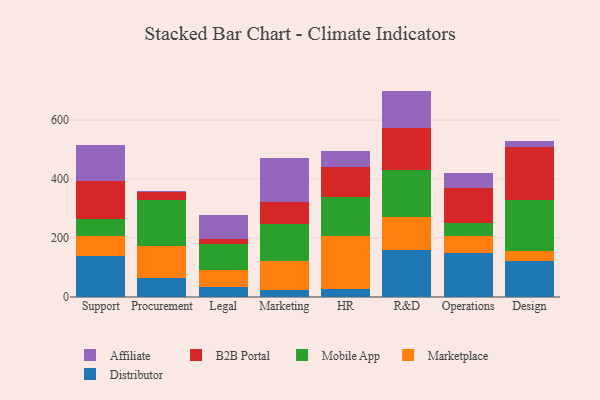
{"axis": {"x": "Department", "y": "Headcount"}, "legend": ["Affiliate", "B2B Portal", "Distributor", "Marketplace", "Mobile App"], "data": [{"x": "Support", "y": 139.2, "type": "Distributor"}, {"x": "Support", "y": 67.5, "type": "Marketplace"}, {"x": "Support", "y": 58.9, "type": "Mobile App"}, {"x": "Support", "y": 126.7, "type": "B2B Portal"}, {"x": "Support", "y": 121.5, "type": "Affiliate"}, {"x": "Procurement", "y": 63.8, "type": "Distributor"}, {"x": "Procurement", "y": 109.4, "type": "Marketplace"}, {"x": "Procurement", "y": 157.3, "type": "Mobile App"}, {"x": "Procurement", "y": 24.3, "type": "B2B Portal"}, {"x": "Procurement", "y": 5.9, "type": "Affiliate"}, {"x": "Legal", "y": 34.6, "type": "Distributor"}, {"x": "Legal", "y": 58.3, "type": "Marketplace"}, {"x": "Legal", "y": 87.9, "type": "Mobile App"}, {"x": "Legal", "y": 17.0, "type": "B2B Portal"}, {"x": "Legal", "y": 79.8, "type": "Affiliate"}, {"x": "Marketing", "y": 22.5, "type": "Distributor"}, {"x": "Marketing", "y": 98.9, "type": "Marketplace"}, {"x": "Marketing", "y": 126.3, "type": "Mobile App"}, {"x": "Marketing", "y": 73.1, "type": "B2B Portal"}, {"x": "Marketing", "y": 149.4, "type": "Affiliate"}, {"x": "HR", "y": 28.2, "type": "Distributor"}, {"x": "HR", "y": 177.0, "type": "Marketplace"}, {"x": "HR", "y": 133.3, "type": "Mobile App"}, {"x": "HR", "y": 102.1, "type": "B2B Portal"}, {"x": "HR", "y": 53.9, "type": "Affiliate"}, {"x": "R&D", "y": 159.8, "type": "Distributor"}, {"x": "R&D", "y": 110.6, "type": "Marketplace"}, {"x": "R&D", "y": 159.2, "type": "Mobile App"}, {"x": "R&D", "y": 143.1, "type": "B2B Portal"}, {"x": "R&D", "y": 126.4, "type": "Affiliate"}, {"x": "Operations", "y": 149.3, "type": "Distributor"}, {"x": "Operations", "y": 58.0, "type": "Marketplace"}, {"x": "Operations", "y": 44.9, "type": "Mobile App"}, {"x": "Operations", "y": 117.5, "type": "B2B Portal"}, {"x": "Operations", "y": 51.8, "type": "Affiliate"}, {"x": "Design", "y": 121.1, "type": "Distributor"}, {"x": "Design", "y": 34.6, "type": "Marketplace"}, {"x": "Design", "y": 174.5, "type": "Mobile App"}, {"x": "Design", "y": 177.3, "type": "B2B Portal"}, {"x": "Design", "y": 22.0, "type": "Affiliate"}]}